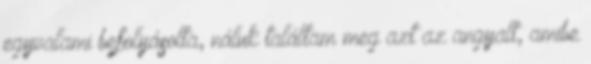
egyvalami befolyásolta, náluk találtam meg azt az angyalt, amibe